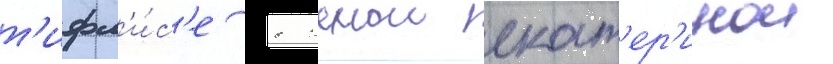
т'ифл'и́с'е с женои екат'ер'инои